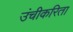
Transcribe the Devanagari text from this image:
उंचीकरिता